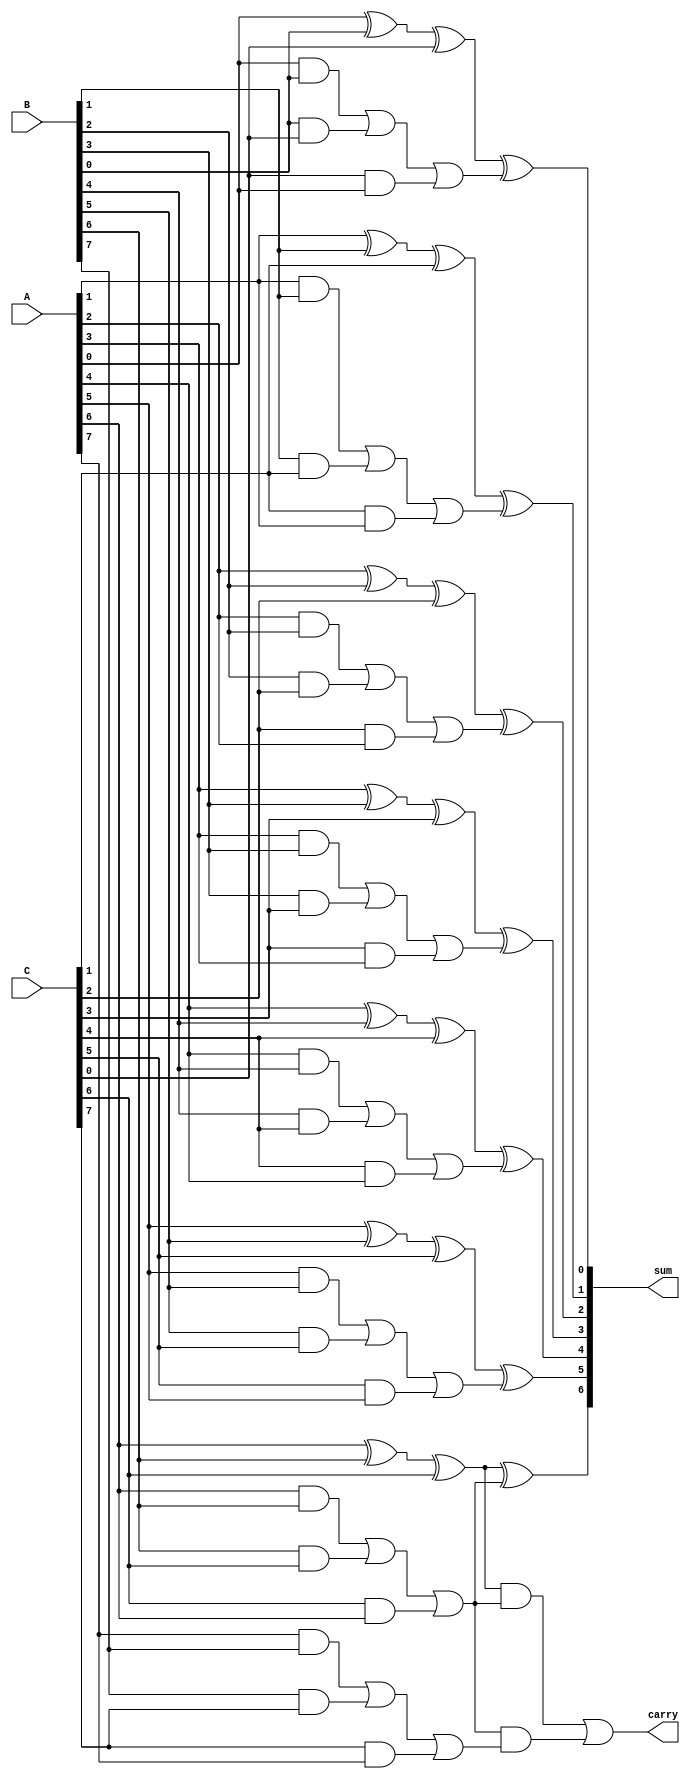
module carry_save_adder #(parameter N = 8) (
    input  [N-1:0] A,      // First operand
    input  [N-1:0] B,      // Second operand
    input  [N-1:0] C,      // Third operand
    output [N-1:0] sum,    // Final sum output
    output carry           // Final carry output
);

    // Intermediate signals for partial sums and carries
    wire [N-1:0] partial_sum;
    wire [N-1:0] carry_out;

    // Generate partial sums and carries
    genvar i;
    generate
        for (i = 0; i < N; i = i + 1) begin : CSA
            assign partial_sum[i] = A[i] ^ B[i] ^ C[i]; // Partial sum
            assign carry_out[i] = (A[i] & B[i]) | (B[i] & C[i]) | (C[i] & A[i]); // Carry
        end
    endgenerate

    // Reduction tree for summing the carries and partial sums
    wire [N-1:0] final_sum;
    wire [N-1:0] final_carry;

    // Level 1: Combine partial sums and carries
    generate
        for (i = 0; i < N-1; i = i + 1) begin : REDUCTION_TREE_LEVEL1
            assign final_sum[i] = partial_sum[i] ^ carry_out[i]; // Sum for level 1
            assign final_carry[i+1] = (partial_sum[i] & carry_out[i]) | (carry_out[i] & carry_out[i+1]); // Carry for level 1
        end
    endgenerate

    // Final output
    assign sum = final_sum;
    assign carry = final_carry[N-1];

endmodule